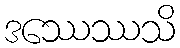
ဒဿေဿသိ